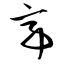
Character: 亭